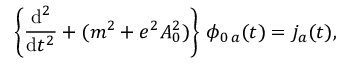
\left\{ \frac { \mathrm { d } ^ { 2 } } { \mathrm { d } t ^ { 2 } } + ( m ^ { 2 } + e ^ { 2 } A _ { 0 } ^ { 2 } ) \right\} \, \phi _ { 0 \, a } ( t ) = j _ { a } ( t ) ,